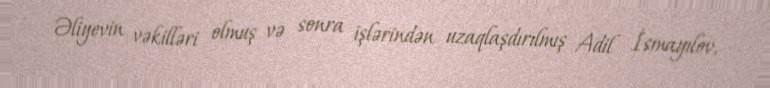
Əliyevin vəkilləri olmuş və sonra işlərindən uzaqlaşdırılmış Adil İsmayılov,